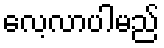
လေ့လာပါမည်